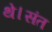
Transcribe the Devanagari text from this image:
थे।संत